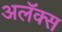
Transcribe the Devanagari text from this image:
अलॅक्स